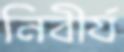
নিবীর্য